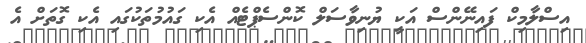
އިސްލާމިކް ފައިނޭންސް އަކީ ޔުނިވާސަލް ކޮންސެޕްޓެއް އެކި ގައުމުތަކުގައި އެކި ގޮތަށް އެ